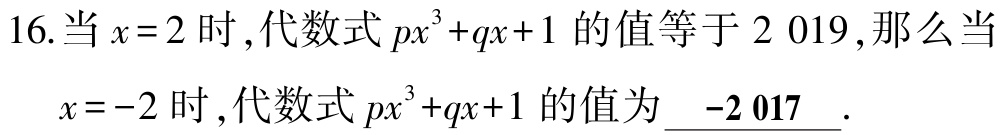
16.当\(x = 2\)时，代数式\(px^{3}+qx + 1\)的值等于\(2019\)，那么当

\(x = - 2\)时，代数式\(px^{3}+qx + 1\)的值为\(\underline{-2017}\).